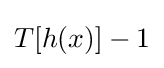
T[h(x)]-1